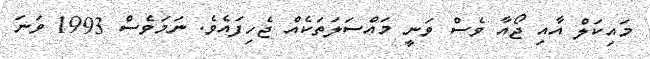
މައިކަލް އާއި ޖޯއާ ވެސް ވަނީ މައްސަލަތަކެއް ޖެހިފައެވެ. ނަމަވެސް 1993 ވަަނަ